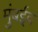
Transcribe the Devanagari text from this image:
मुंबईव